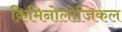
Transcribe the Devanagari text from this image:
क्रिमिनोलोजिकल